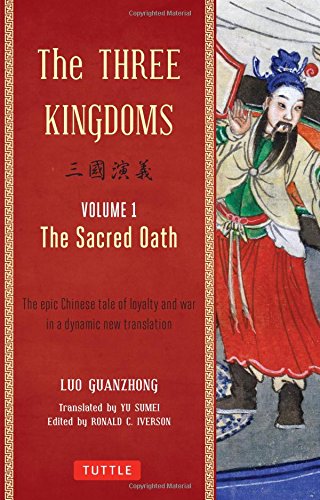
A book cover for The Three Kingdoms, Volume 1: The Sacred Oath: The Epic Chinese Tale of Loyalty and War in a Dynamic New Translation (with Footnotes); Luo Guanzhong; Literature & Fiction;